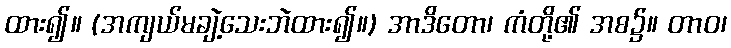
ထား၍။ (အကျယ်မချဲ့သေးဘဲထား၍။) အာဒိတော၊ ကံတို့၏ အစ၌။ တာဝ၊